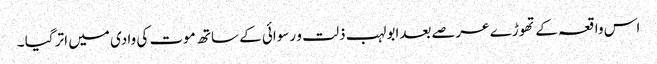
اس واقعہ کے تھوڑے عرصےبعدابولہب ذلت و رسوائی کے ساتھ موت کی وادی میں اتر گیا ۔